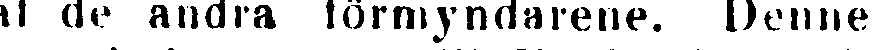
af de andra förmyndarene. Denne